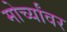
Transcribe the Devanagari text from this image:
मोर्च्यांवर